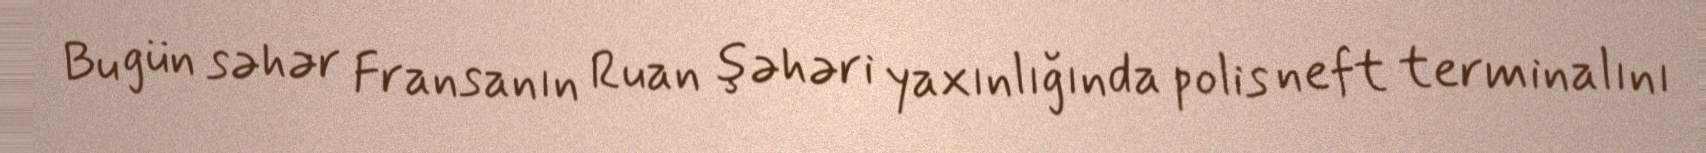
Bu gün səhər Fransanın Ruan şəhəri yaxınlığında polis neft terminalını